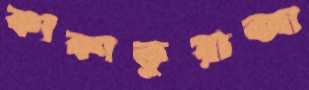
কাকাতুয়াজা